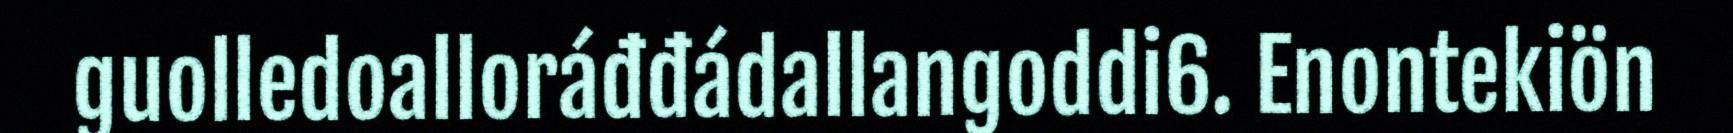
guolledoalloráđđádallangoddi6. Enontekiön